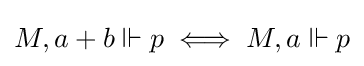
M,a+b\Vdash p\iff M,a\Vdash p